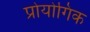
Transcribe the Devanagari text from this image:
प्रोयोगिक